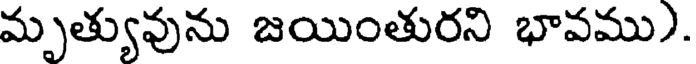
మృత్యువును జయింతురని భావము).